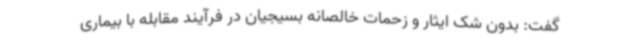
گفت: بدون شک ایثار و زحمات خالصانه بسیجیان در فرآیند مقابله با بیماری